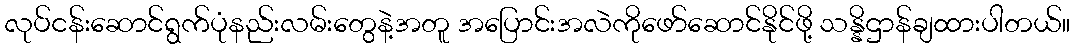
လုပ်ငန်းဆောင်ရွက်ပုံနည်းလမ်းတွေနဲ့အတူ အပြောင်းအလဲကိုဖော်ဆောင်နိုင်ဖို့ သန္နိဌာန်ချထားပါတယ်။